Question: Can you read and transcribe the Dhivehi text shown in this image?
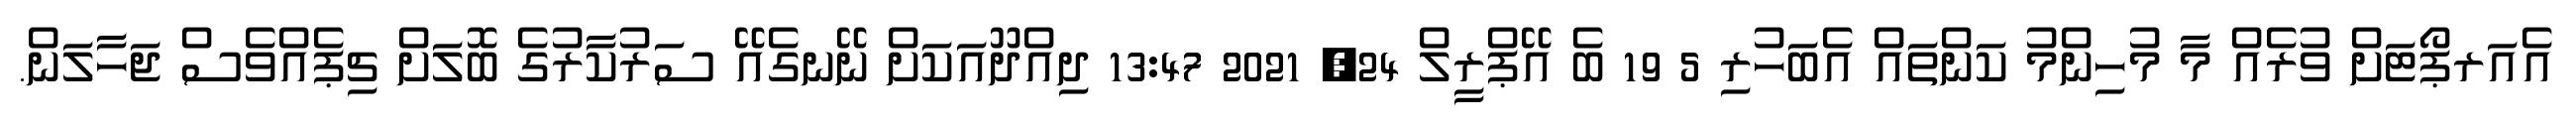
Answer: އެއަރޕޯޓަށް ވުރެއް މާ މުހިންމު ކަންތައް އެބަހުރި 5 19 ބެ އޭޕްރީލް 24, 2021 13:47 ދިއްދޫއަކަށް ނޭނގެއޭ ސަރުކާރުގެ ބޮލަށް ޗިޕެއްވެސް ޖަހާލަން.